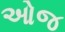
ઓજ